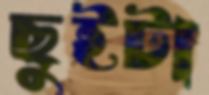
ছুইটা